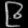
Digit: ၉